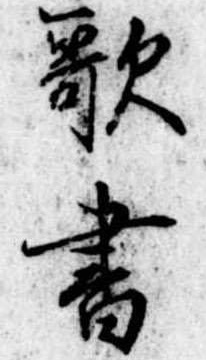
歌書